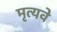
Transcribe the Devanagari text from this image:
मृत्यवे